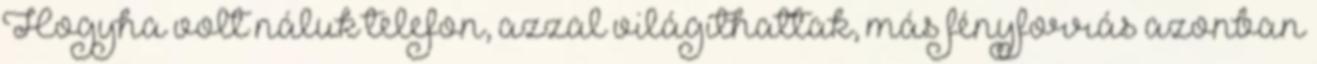
Hogyha volt náluk telefon, azzal világíthattak, más fényforrás azonban